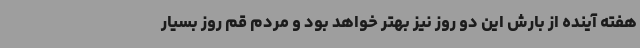
هفته آینده از بارش این دو روز نیز بهتر خواهد بود و مردم قم روز بسیار